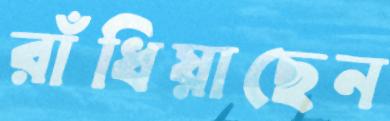
রাঁধিয়াছেন